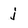
Character: j